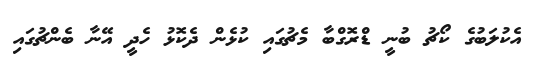
އެކުލަބުގެ ކޯޗު ބުނީ ޑްރޮގްބާ މެޗުގައި ކުޅެން ދެކޮޅު ހެދީ އޭނާ ބެންޗުގައި